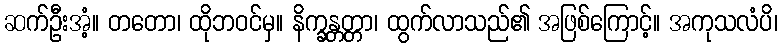
ဆက်ဦးအံ့။ တတော၊ ထိုဘဝင်မှ။ နိက္ခန္တတ္တာ၊ ထွက်လာသည်၏ အဖြစ်ကြောင့်။ အကုသလံပိ၊